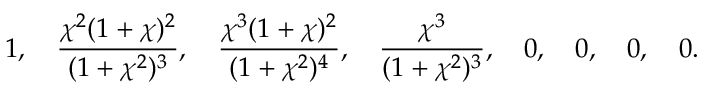
1 , \quad \frac { \chi ^ { 2 } ( 1 + \chi ) ^ { 2 } } { ( 1 + \chi ^ { 2 } ) ^ { 3 } } , \quad \frac { \chi ^ { 3 } ( 1 + \chi ) ^ { 2 } } { ( 1 + \chi ^ { 2 } ) ^ { 4 } } , \quad \frac { \chi ^ { 3 } } { ( 1 + \chi ^ { 2 } ) ^ { 3 } } , \quad 0 , \ \ \ 0 , \ \ \ 0 , \ \ \ 0 .